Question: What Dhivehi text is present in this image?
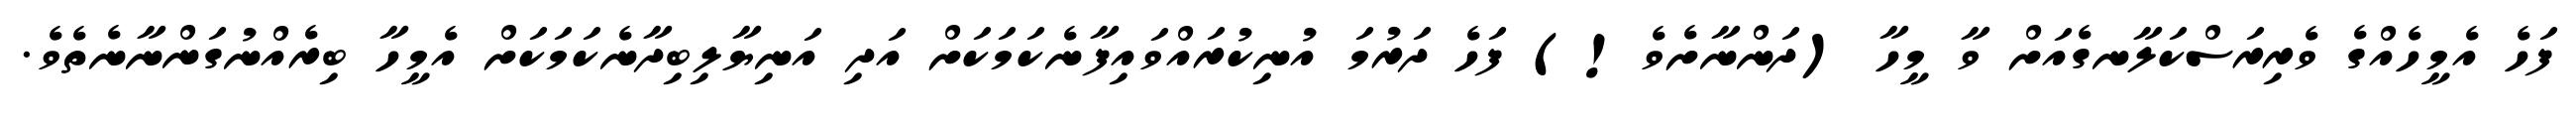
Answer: ފަހެ އެމީހެއްގެ ވެރިރަސްކަލާނގެއަށް ވާ މީހާ (ދަންނާށެވެ!) ފަހެ ދަރުމަ އުނިކުރައްވައިފާނެކަމަކަށް އަދި އަނިޔާލިބިދާނެކަމަކަށް އެމީހާ ބިރެއްނުގަންނާނެތެވެ.